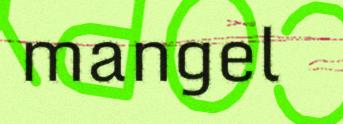
mangel